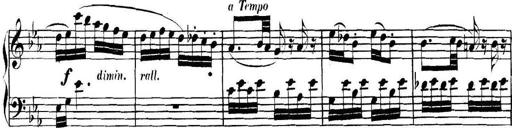
Title: Collected Piano Sonatas
Composer: Muzio Clementi